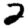
Digit: 2